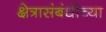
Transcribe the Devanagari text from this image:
क्षेत्रासंबंधीच्या